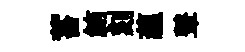
蓄鮪刻蘊鼙